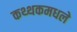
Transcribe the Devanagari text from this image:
कथ्थकमधले